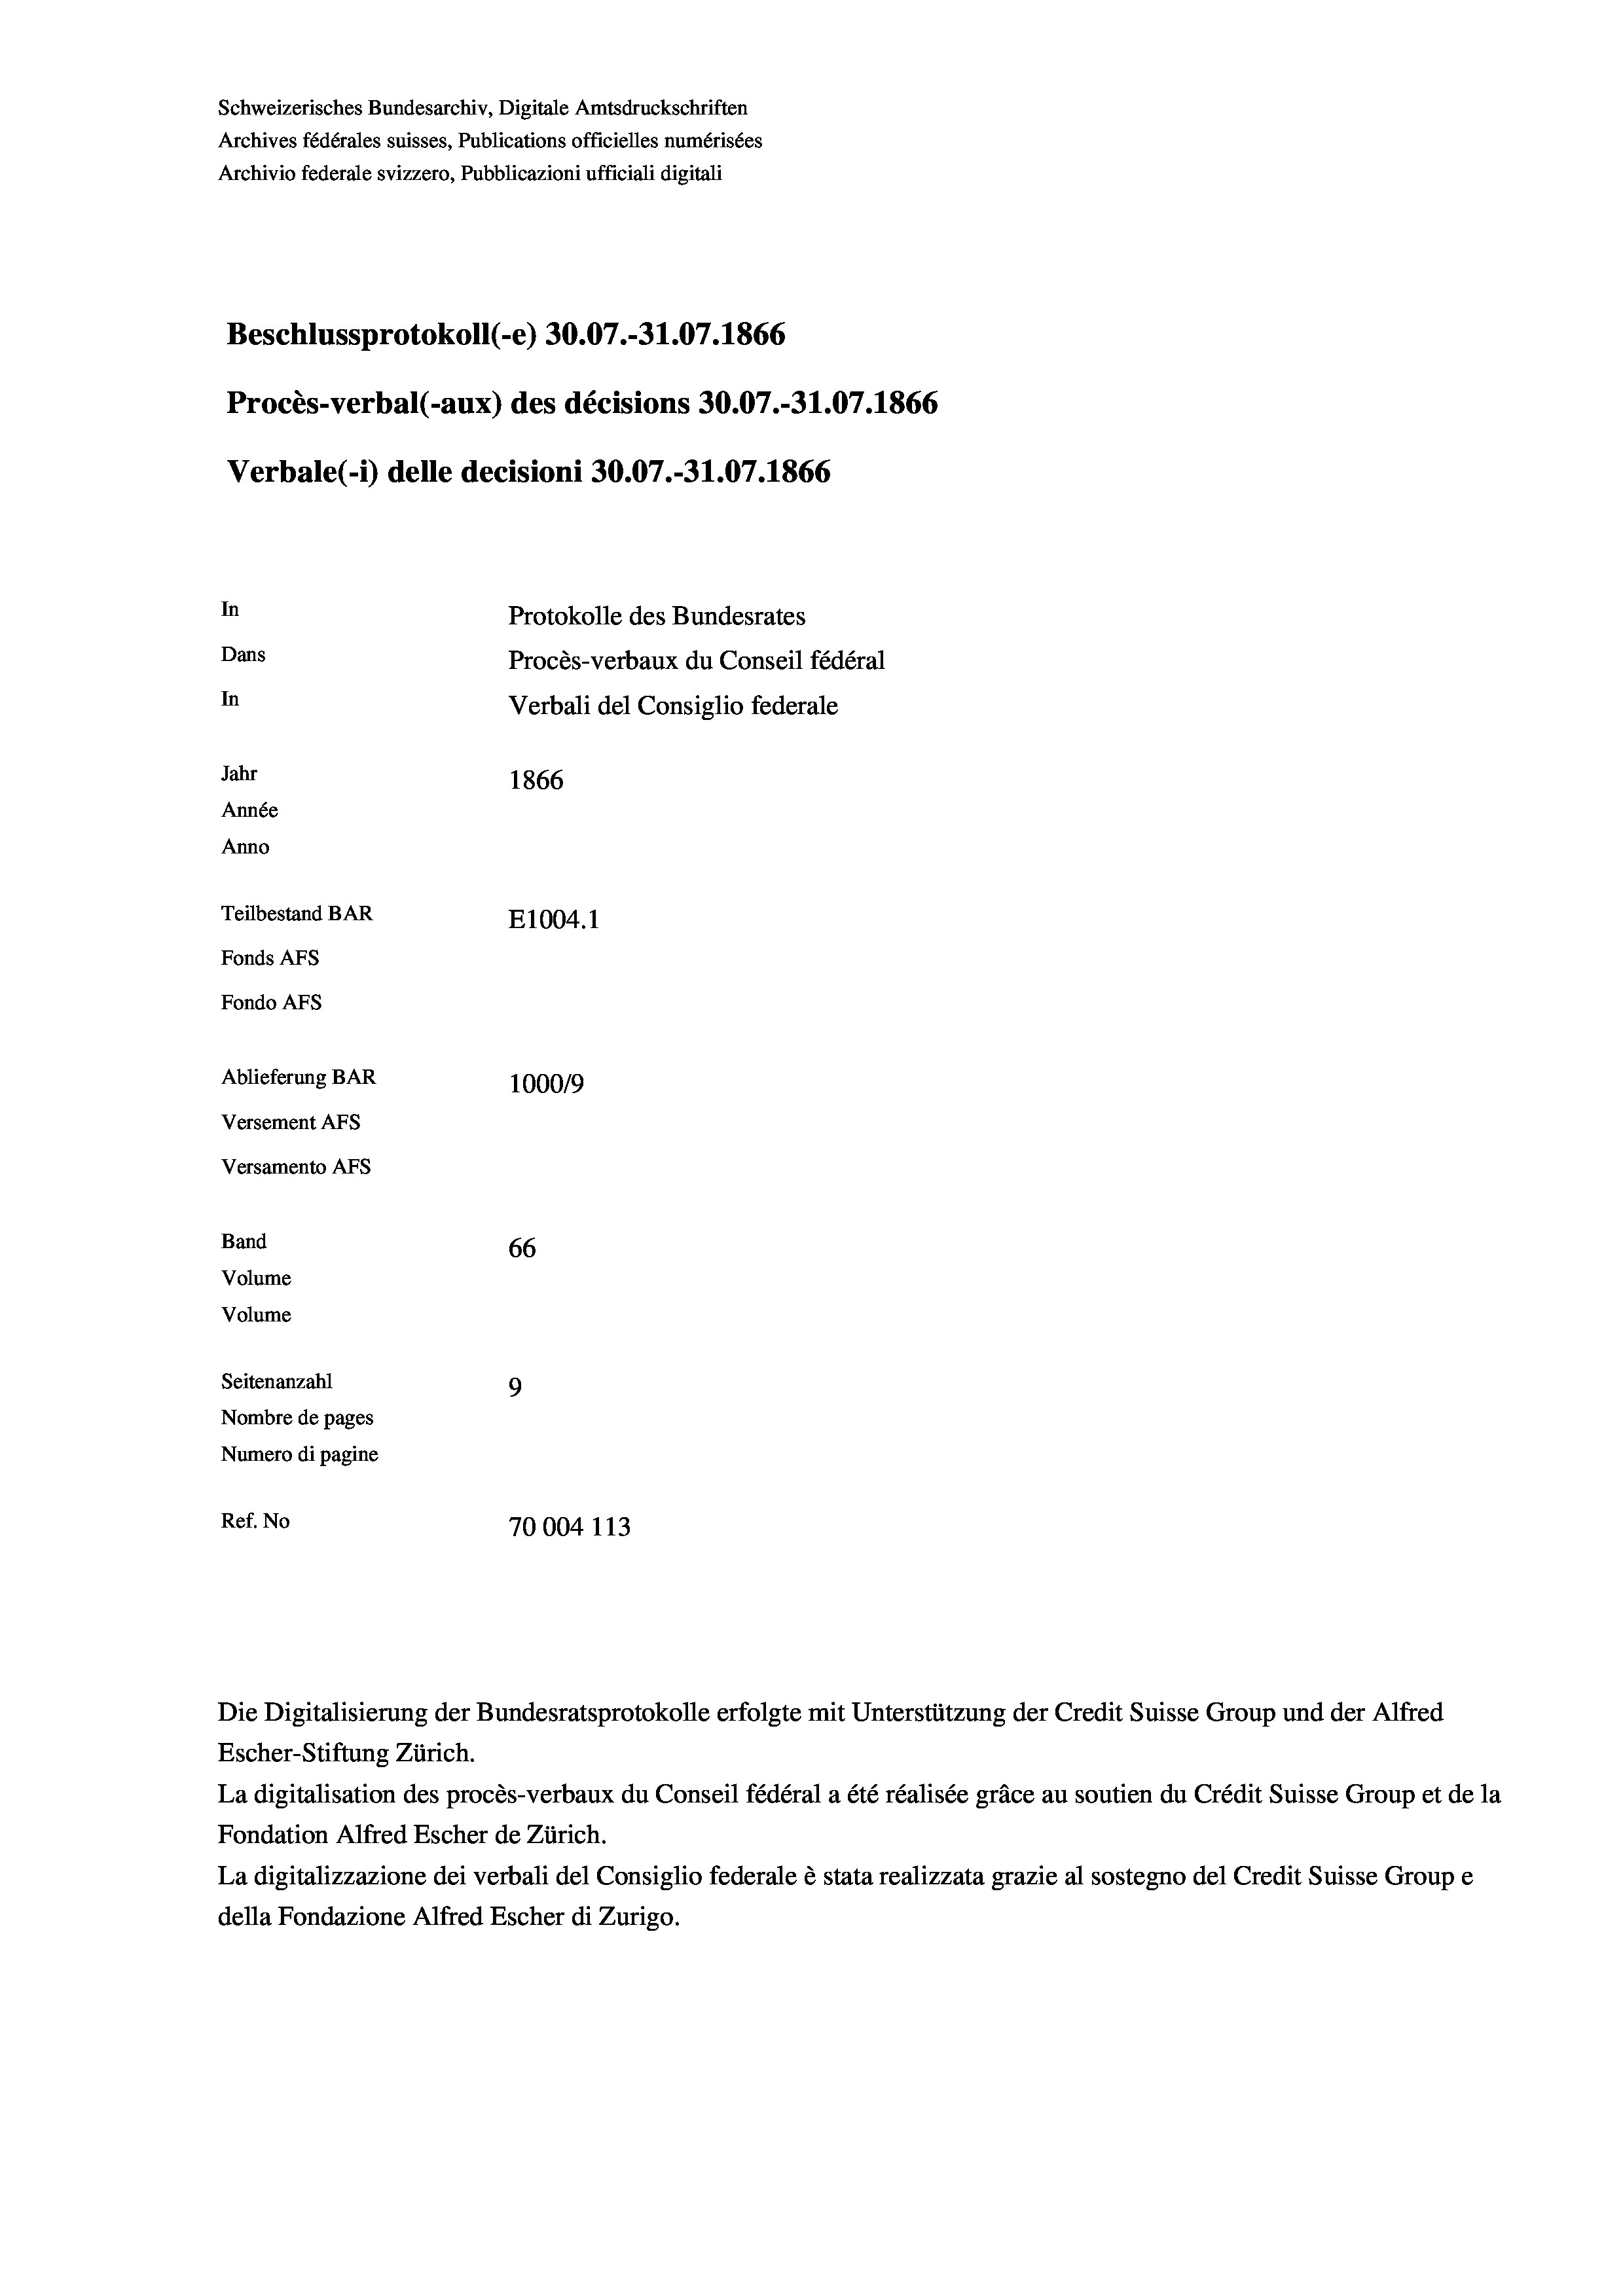
Schweizerisches Bundesarchiv, Digitale Amtsdruckschriften
Archives fédérales suisses, Publications officielles numérisées
Archivio federale svizzero, Pubblicazioni ufficiali digitali
Beschlussprotokoll (-e) 30.07.-31.07. 1866
Procès-verbal (-aux) des décisions 30.07.-31.07. 1866
Verbale(*) delle decisioni 30.07.-31.07. 1866
In
Protokolle des Bundesrates
Dans
Procès-verbaux du Conseil fédéral
In
Verbali del Consiglio federale
Jahr
1866
Année
Anno
Teilbestand BAR
E1004.1
Fonds AFs
Fondo AFS

Ablieferung BAR
Versement AFs
Versamento AFs
Band
Volume
Volume
Seitenanzahl

66
9
Nombre de pages
Numero di pagine
Ref. No
70004 113

100019

Die Digitalisierung der Bundesratsprotokolle erfolgte mit Unterstützung der Credit Suisse Group und der Alfred

Escher-Stiftung Zürich.
La digitalisation des procès-verbaux du Conseil fédéral a été réalisée gräce au soutien du Crédit Suisse Group et de la
Fondation Alfred Escher de Zürich.
La digitalizzazione dei verbali del Consiglio federale è stata realizzata grazie al sostegno del Credit Suisse Groupe
della Fondazione Alfred Escher di Zurigo.